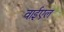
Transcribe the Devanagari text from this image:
वाईएल